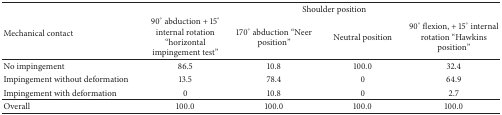
| <ROWSPAN=2> Mechanical contact | <COLSPAN=4> Shoulder position |
 | 90° abduction + 15° internal rotation “horizontal impingement test” | 170° abduction “Neer position” | Neutral position | 90° flexion, + 15° internal rotation “Hawkins position” |
 | --- | --- | --- | --- | --- |
 | No impingement | 86.5 | 10.8 | 100.0 | 32.4 |
 | Impingement without deformation | 13.5 | 78.4 | 0 | 64.9 |
 | Impingement with deformation | 0 | 10.8 | 0 | 2.7 |
 | Overall | 100.0 | 100.0 | 100.0 | 100.0 |